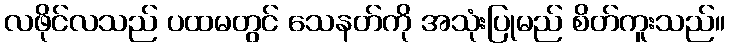
လဖိုင်လသည် ပထမတွင် သေနတ်ကို အသုံးပြုမည် စိတ်ကူးသည်။